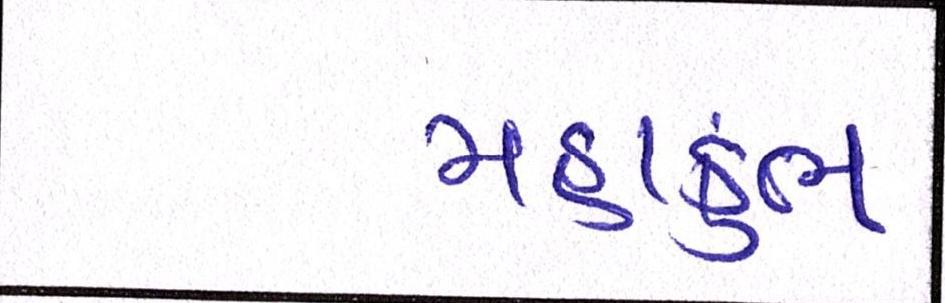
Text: મહાકુંભ